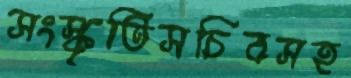
সংস্কৃতিসচিবসহ